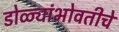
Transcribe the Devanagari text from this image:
डोळ्यांभोवतीचे